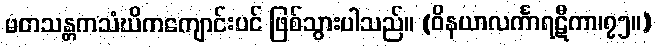
မတသန္တကသံဃိကကျောင်းပင် ဖြစ်သွားပါသည်။ (ဝိနယာလင်္ကာရဋီကာ၊၇၅။)